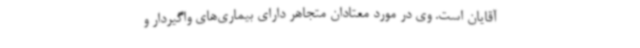
آقایان است. وی در مورد معتادان متجاهر دارای بیماری‌های واگیردار و